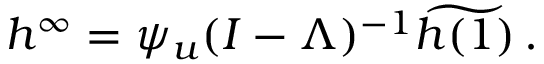
h ^ { \infty } = \psi _ { u } ( I - \Lambda ) ^ { - 1 } \widetilde { h ( 1 ) } \, .